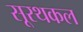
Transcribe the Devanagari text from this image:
सूरथकल